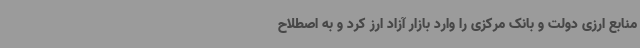
منابع ارزی دولت و بانک مرکزی را وارد بازار آزاد ارز کرد و به اصطلاح